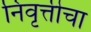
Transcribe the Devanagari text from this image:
निवृत्तीचा